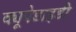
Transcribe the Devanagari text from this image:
क्यूपेडाइडी